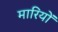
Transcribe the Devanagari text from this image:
मारियों